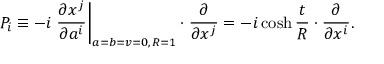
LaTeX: P _ { i } \equiv - i \left. \frac { \partial x ^ { j } } { \partial a ^ { i } } \right| _ { a = b = v = 0 , \, { \cal R } = 1 } \cdot \frac { \partial } { \partial x ^ { j } } = - i \cosh \frac { t } { R } \cdot \frac { \partial } { \partial x ^ { i } } .